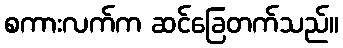
စကားလက်က ဆင်ခြေတက်သည်။